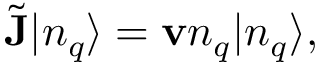
\tilde { { \bf J } } | n _ { q } \rangle = { \bf v } n _ { q } | n _ { q } \rangle ,